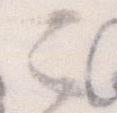
ニ